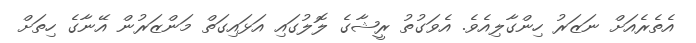
އެތެރެއަށް ނަޒަރު ހިންގާލިއެވެ. އެވަގުތު ރީޝާގެ ލޮލުގައި އަޅައިގަތްް މަންޒަރުން އޭނާގެ ހިތަށް